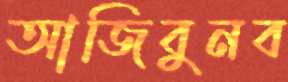
আজিবুনব